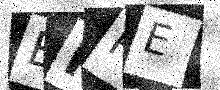
Text: BPPE